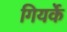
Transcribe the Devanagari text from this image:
गियर्के